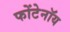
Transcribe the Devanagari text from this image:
फोंटेनॉय